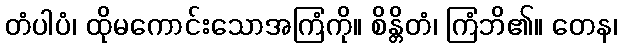
တံပါပံ၊ ထိုမကောင်းသောအကြံကို။ စိန္တိတံ၊ ကြံဘိ၏။ တေန၊